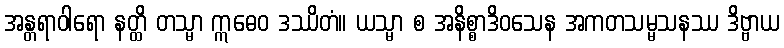
အန္တရာဝါရော နတ္ထိ တသ္မာ ဣဓေဝ ဒဿိတံ။ ယသ္မာ စ အနိစ္စာဒိဝသေန အကတသမ္မသနဿ ဒိဗ္ဗာယ